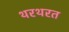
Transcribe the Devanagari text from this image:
थरथरत